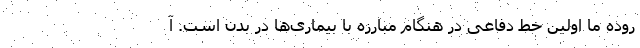
روده ما اولین خط دفاعی در هنگام مبارزه با بیماری‌ها در بدن است. آ